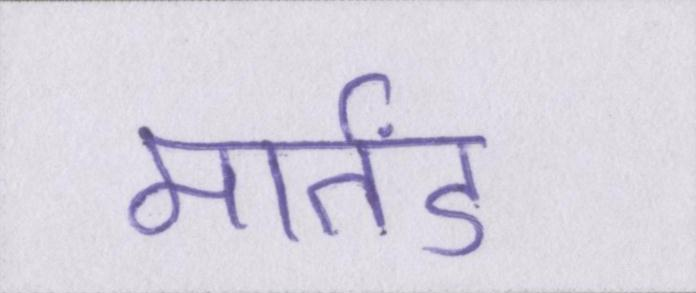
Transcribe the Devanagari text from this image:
मार्तंड